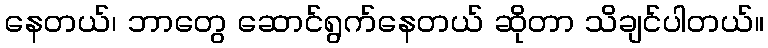
နေတယ်၊ ဘာတွေ ဆောင်ရွက်နေတယ် ဆိုတာ သိချင်ပါတယ်။